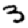
Digit: 3